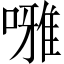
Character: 𠾒